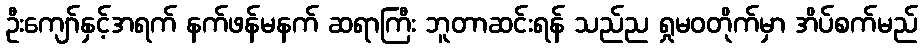
ဦးကျော်နှင့်အရက် နက်ဖန်မနက် ဆရာကြီး ဘူတာဆင်းရန် သည်ည ရှုမဝတိုက်မှာ အိပ်စက်မည်